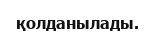
қолданылады.